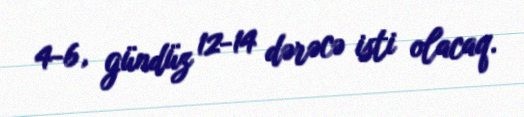
4-6, gündüz 12-14 dərəcə isti olacaq.